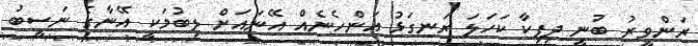
ރަންވީރު ބުނީ ދިޕިކާ ކަހަލަ ރަނގަޅު އަންހެނެއް އޭނައަށް ލިބުމަކީ އޭނާގެ ނަސީބު